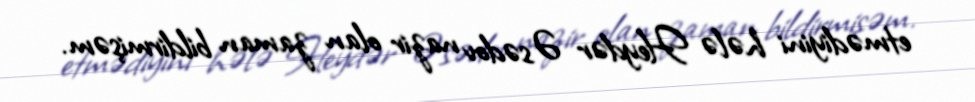
etmədiyini hələ Heydər Əsədov nazir olan zaman bildirmişəm.